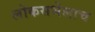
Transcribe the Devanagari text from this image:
लोकसभेलाच